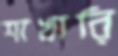
শাখারি